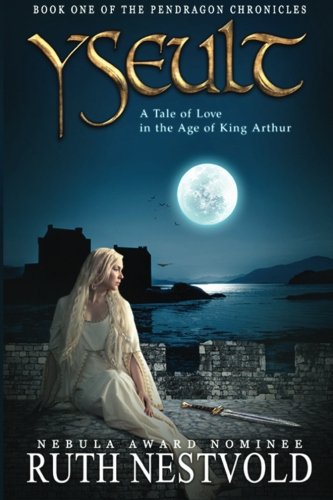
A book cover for Yseult: A Tale of Love in the Age of King Arthur (The Pendragon Chronicles) (Volume 1); Ruth Nestvold; Science Fiction & Fantasy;